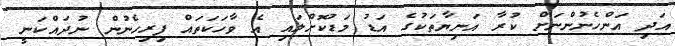
އަދި އަންހެނުންނަށް ކުރާ އަނިޔާތަކުގެ އަޑު މަޑުކޮށްލައި އެ ވާހަކަތައް ފިރިހެނުން ނުދައްކަނީ